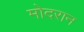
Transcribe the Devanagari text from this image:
मोदरान